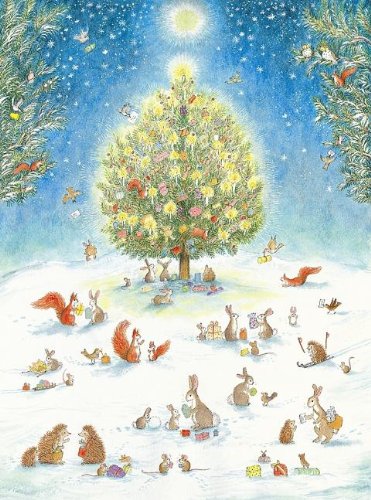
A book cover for A Woodland Christmas Advent Calendar; Bernadette Watts; Calendars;